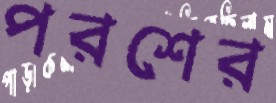
পরশের